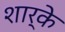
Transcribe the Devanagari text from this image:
शार्के